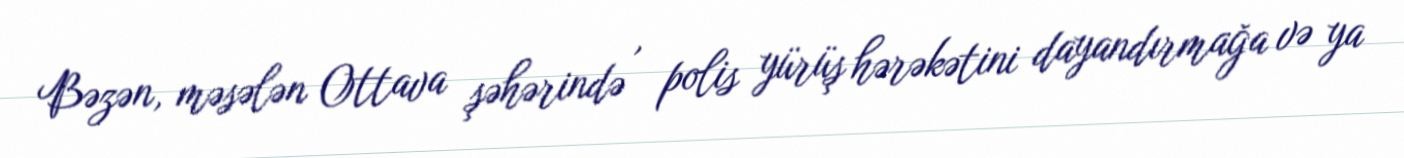
Bəzən, məsələn Ottava şəhərində , polis yürüş hərəkətini dayandırmağa və ya